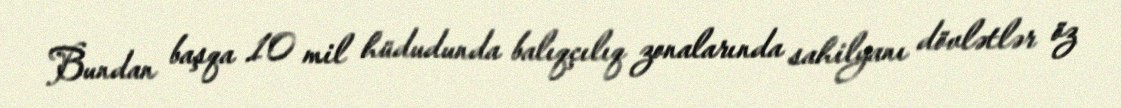
Bundan başqa 10 mil hüdudunda balıqçılıq zonalarında sahilyanı dövlətlər öz